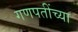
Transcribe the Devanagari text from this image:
गणपतींच्या